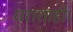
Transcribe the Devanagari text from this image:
धराशाही।